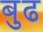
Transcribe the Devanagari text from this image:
बुढ